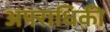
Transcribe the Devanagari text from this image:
अपराधिकी